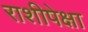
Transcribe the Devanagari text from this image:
राशीपेक्षा